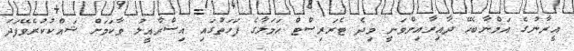
އީރާނުގެ އަމްނާބެހޭ ދާއިރާއިންވަނީ މިދެ ޓެރަރިސްޓް ޙަމަލާގެ ފަހަތުގައި އިސްރާއީލު ވާކަމަށް ޝައްކުކުރެވޭފަދަ